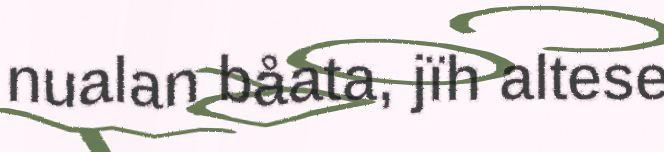
nualan båata, jïh altese